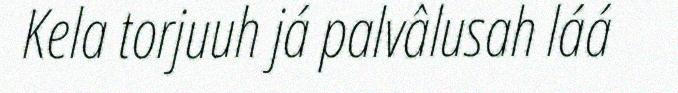
Kela torjuuh já palvâlusah láá